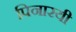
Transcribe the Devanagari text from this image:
पिनारयी